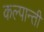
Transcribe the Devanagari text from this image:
कल्पान्ती